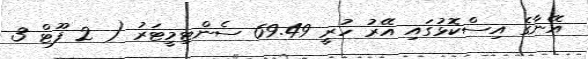
އޭނާގެ އިސްކޮޅުގައި އޭރު ހުރީ 69.49 ސެންޓިމީޓަރު ( 2 ފޫޓް 3